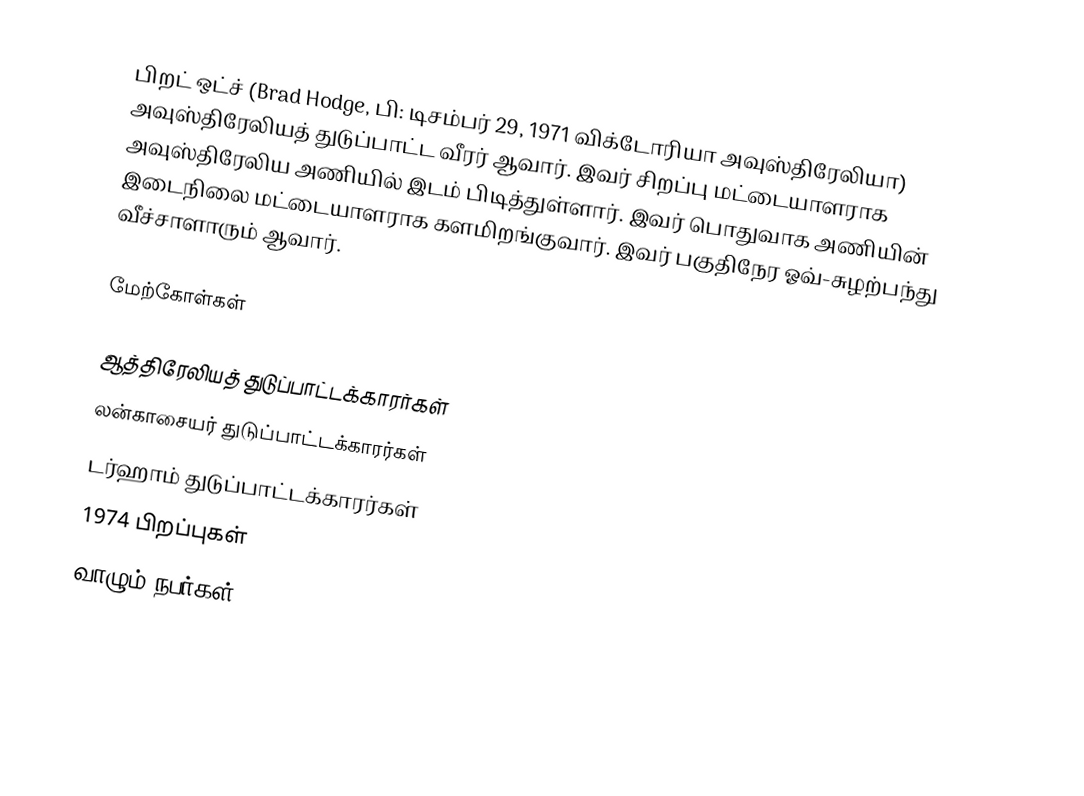
பிறட் ஒட்ச் (Brad Hodge, பி: டிசம்பர் 29, 1971 விக்டோரியா அவுஸ்திரேலியா) அவுஸ்திரேலியத் துடுப்பாட்ட வீரர் ஆவார். இவர் சிறப்பு மட்டையாளராக அவுஸ்திரேலிய அணியில் இடம் பிடித்துள்ளார். இவர் பொதுவாக அணியின் இடைநிலை மட்டையாளராக களமிறங்குவார். இவர் பகுதிநேர ஓவ்-சுழற்பந்து வீச்சாளாரும் ஆவார்.

மேற்கோள்கள்

ஆத்திரேலியத் துடுப்பாட்டக்காரர்கள்
லன்காசையர் துடுப்பாட்டக்காரர்கள்
டர்ஹாம் துடுப்பாட்டக்காரர்கள்
1974 பிறப்புகள்
வாழும் நபர்கள்